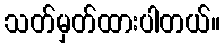
သတ်မှတ်ထားပါတယ်။